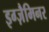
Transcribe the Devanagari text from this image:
इग्ज़ैमिनर